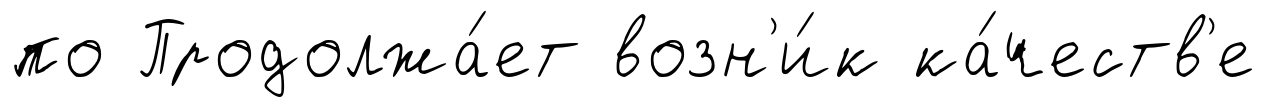
по Продолжа́ет возн'и́к ка́честв'е